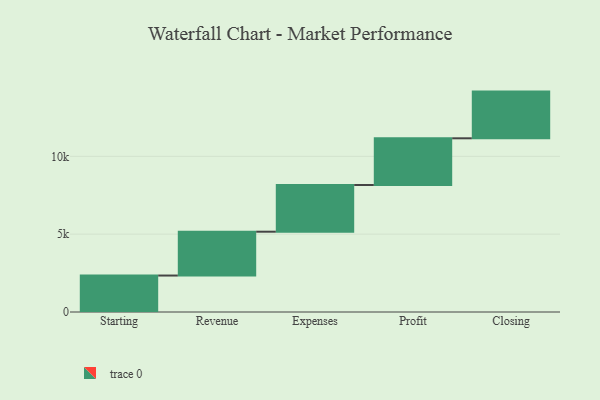
{"axis": {"x": "Step", "y": "Value"}, "legend": [""], "data": [{"x": "Starting", "y": 2342.0, "type": ""}, {"x": "Revenue", "y": 2816.0, "type": ""}, {"x": "Expenses", "y": 3000, "type": ""}, {"x": "Profit", "y": 3000, "type": ""}, {"x": "Closing", "y": 3000, "type": ""}]}